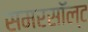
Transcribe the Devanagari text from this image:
समरसॉल्ट